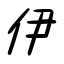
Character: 伊